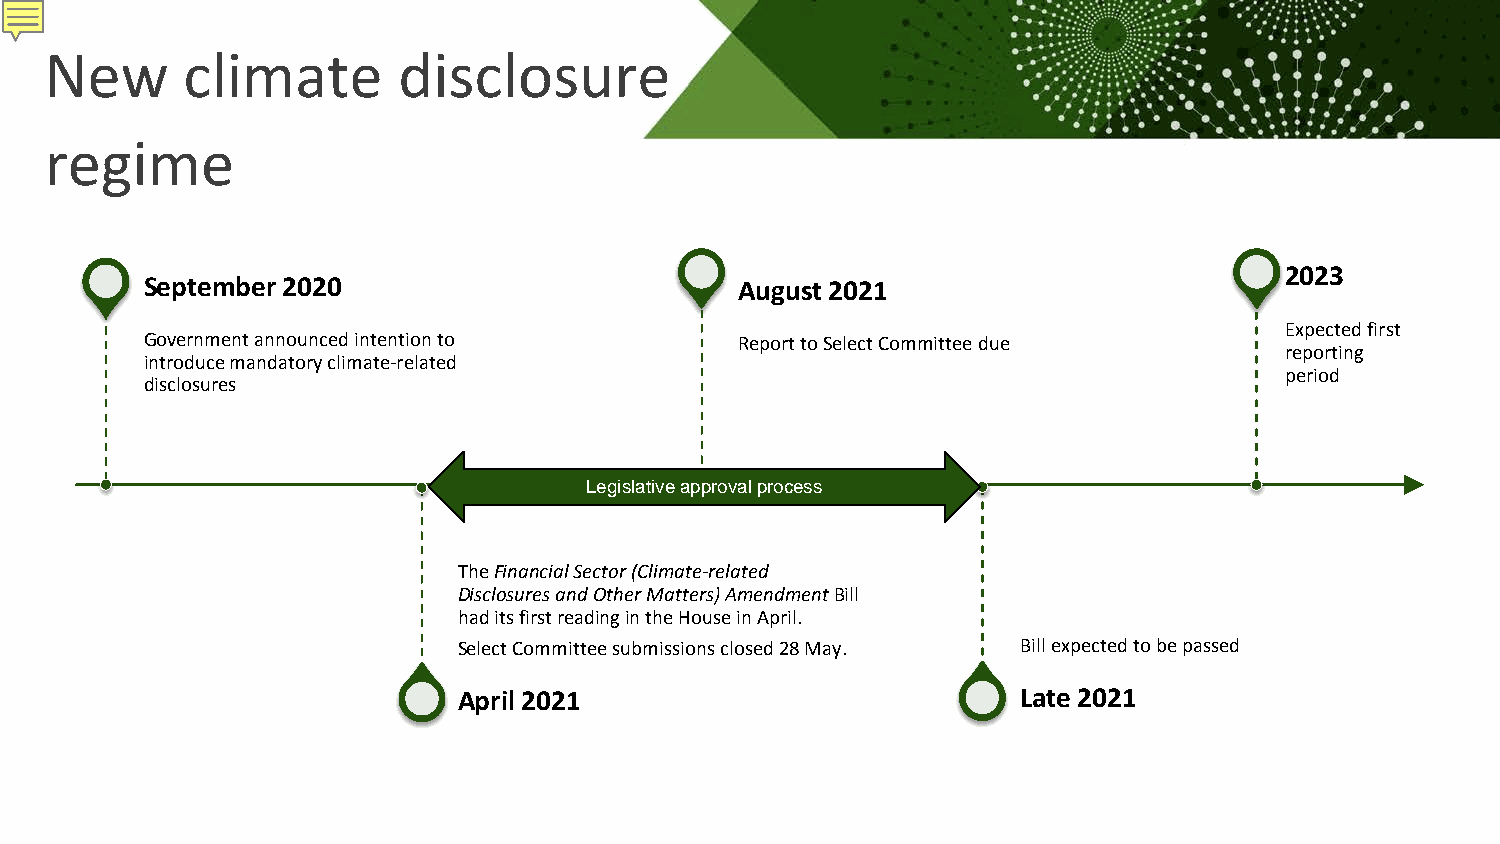
New      climate       disclosure
 regime
 2023
 September 2020                         August 2021
 Expected first
 Government announced intention to      Report to Select Committee due
 reporting
 introduce mandatory climate-related
 period
 disclosures
 Legislative approval process
 The Financial Sector (Climate-related
 Disclosures and Other Matters) AmendmentBill
 had its first reading in the House in April.
 Select Committee submissions closed 28 May. Bill expected to be passed
 April 2021                            Late 2021